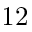
1 2